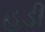
હડી